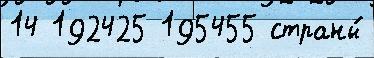
14 192425 195455 страны́